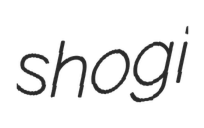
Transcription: shogi